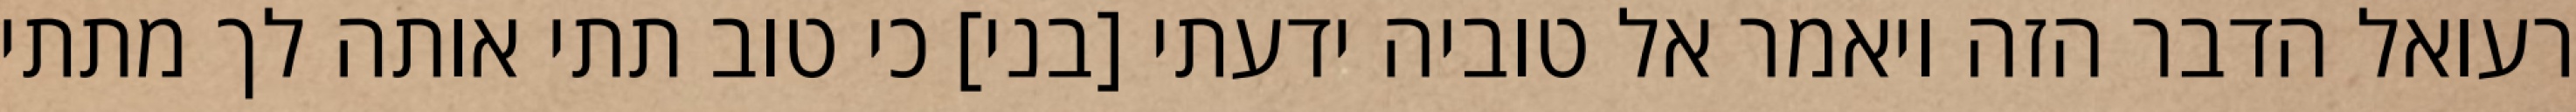
רעואל הדבר הזה ויאמר אל טוביה ידעתי [בני] כי טוב תתי אותה לך מתתי